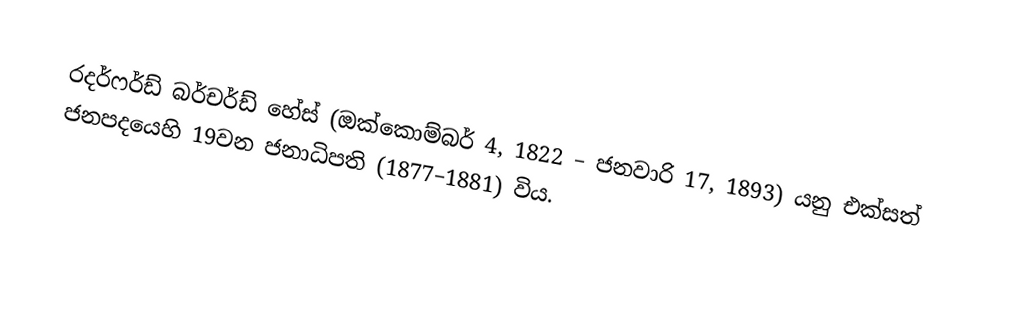
රදර්ෆර්ඩ් බර්චර්ඩ් හේස් (ඔක්කොම්බර් 4, 1822 – ජනවාරි 17, 1893) යනු එක්සත් ජනපදයෙහි 19වන ජනාධිපති (1877–1881) විය.